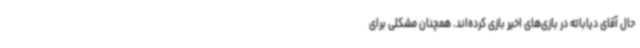
حال آقای دیاباته در بازی‌های اخیر بازی کرده‌اند. همچنان مشکلی برای